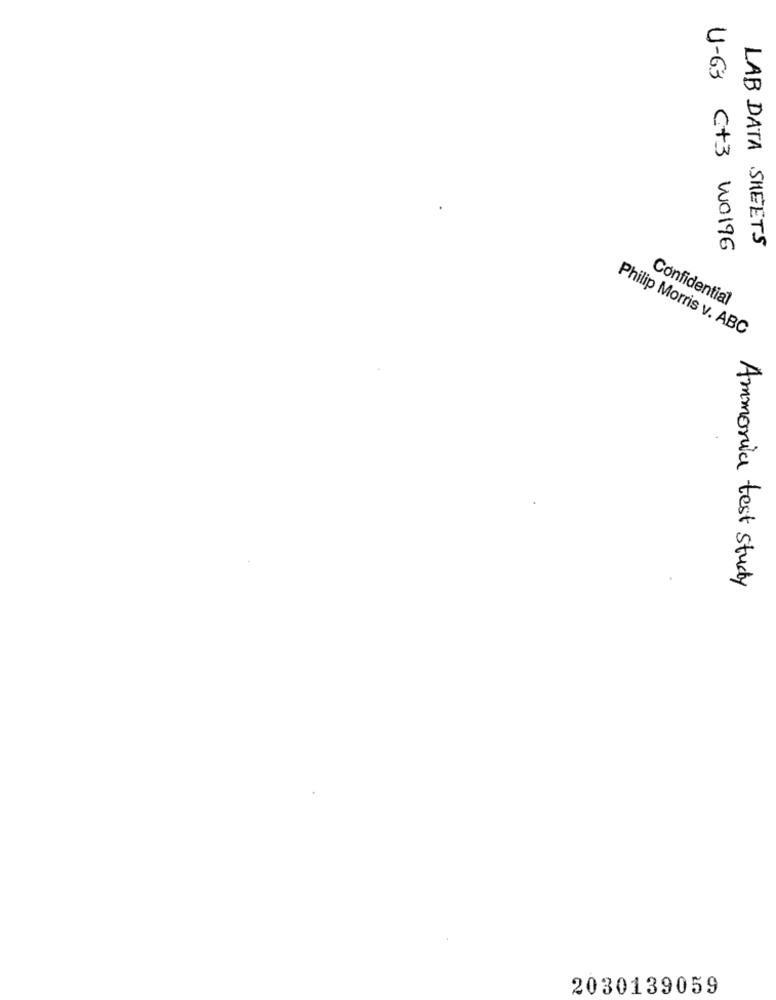
U-63 C+3 WO196
LAB DATA SHEETS
Confidential
Philip Morris v. ABC
Ammonia test study
2030139059